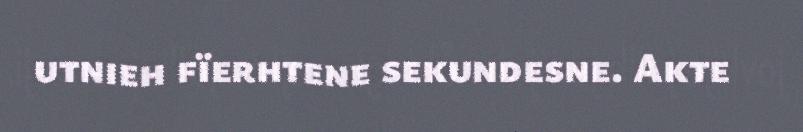
utnieh fïerhtene sekundesne. Akte